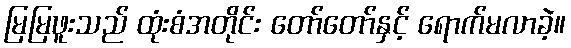
မြမြဖူးသည် ထုံးစံအတိုင်း တော်တော်နှင့် ရောက်မလာခဲ့။